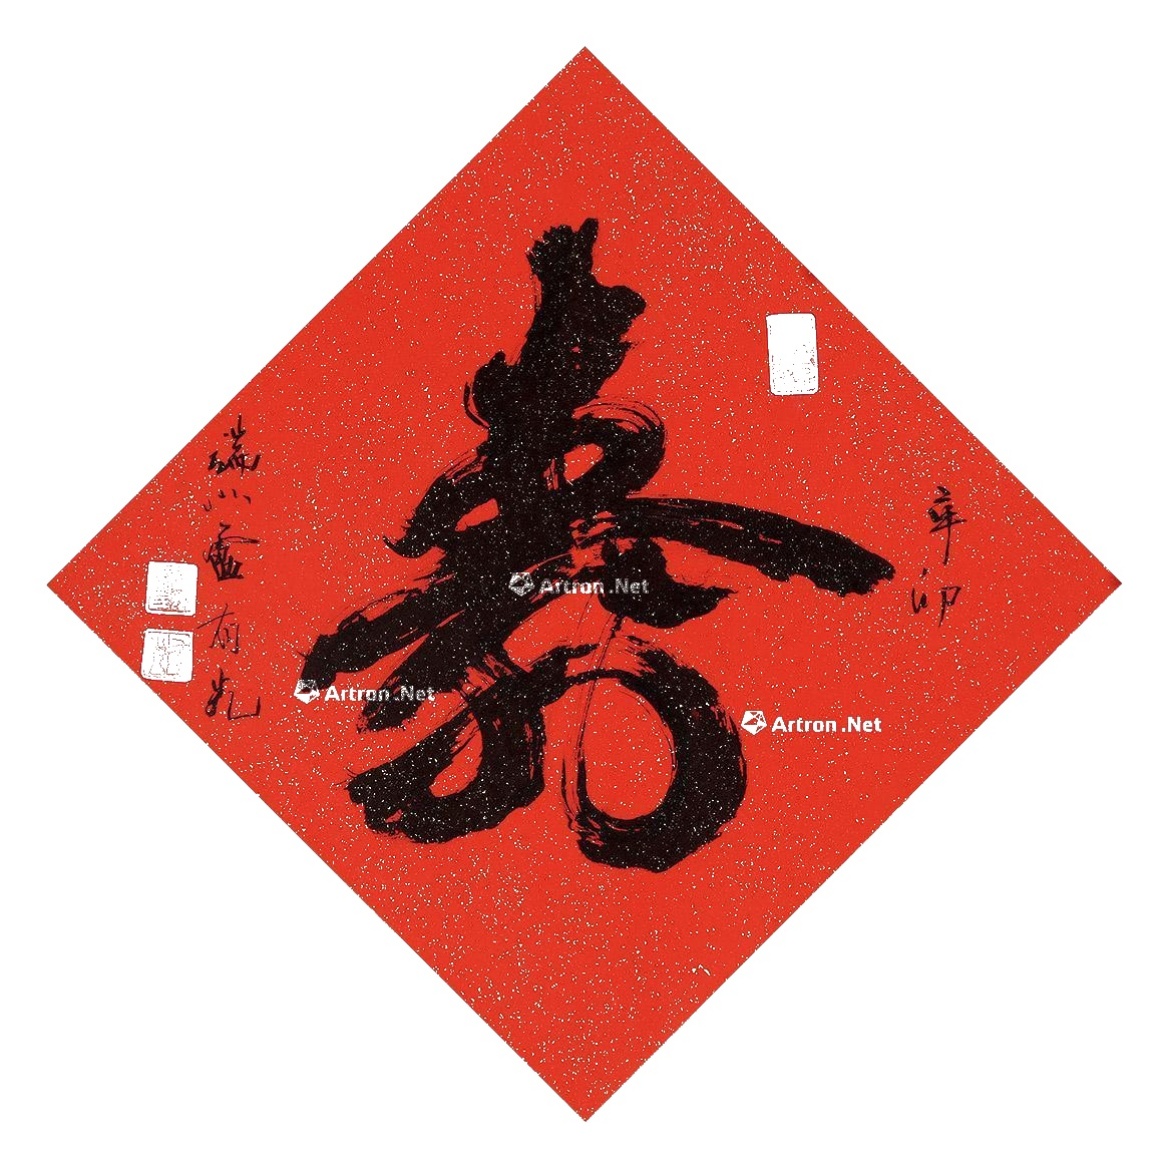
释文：寿。辛卯端州卢有光。